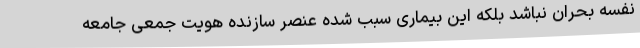
نفسه بحران نباشد بلکه این بیماری سبب شده عنصر سازنده هویت جمعی جامعه